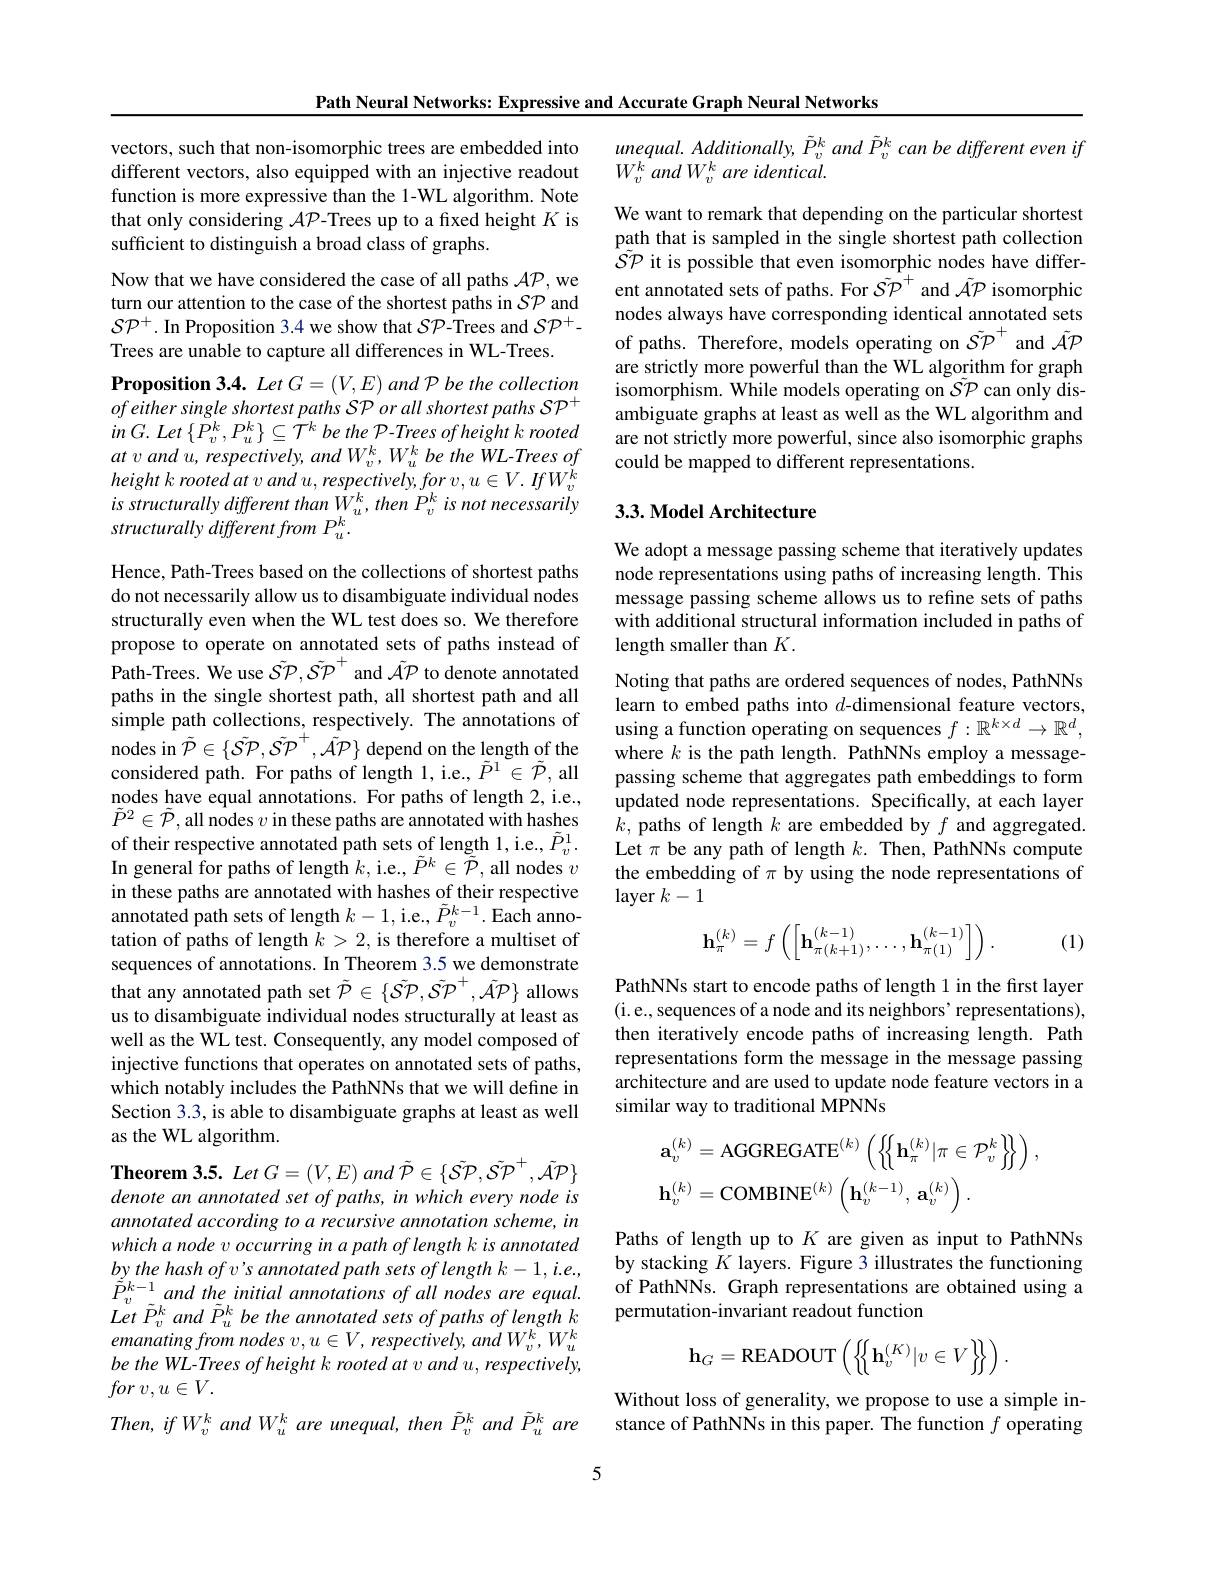
Path Neural Networks: Expressive and Accurate Graph Neural Networks

vectors, such that non-isomorphic trees are embedded into different vectors, also equipped with an injective readout function is more expressive than the 1-WL algorithm. Note that only considering $\mathcal{AP}$-Trees up to a fixed height $K$ is sufficient to distinguish a broad class of graphs.

Now that we have considered the case of all paths $\mathcal{A}\mathcal{P}$,we turn our attention to the case of the shortest paths in $\mathcal{SP}$ and $\mathcal{S}\mathcal{P}^{+}.$ In Proposition 3.4 we show that $\mathcal{S}\mathcal{P}$-Trees and $\mathcal{S}\mathcal{P}^{+}.$ Trees are unable to capture all differences in WL-Trees.

Proposition 3.4. Let $G=(V,E)$ and P be the collection $ofeithersingleshortestpathsSPorallshortestpaths{\mathcal SP}^{+}$ $in$ $G.$ Let $\{ P_{v}^{k}, P_{u}^{k}\} \subseteq \mathcal{T} ^{k}$ $be$ the $\mathcal{P} - Trees$ $of$ height $k$ rooted $atvandu,respectively,andW_{v}^{k},W_{u}^{k}betheWL-Treesof$ $height\textit{ k rooted at v and u, respectively, for v, }u\in V. \textit{ If W}_{v}^{\breve{k} }$ $is$ structurally different than W$_u^k,thenP_v^k$ is not necessarily structurally different from P $_u^k.$

Hence, Path-Trees based on the collections of shortest paths do not necessarily allow us to disambiguate individual nodes structurally even when the WL test does so. We therefore propose to operate on annotated sets of paths instead of ${\hat{\mathrm{Path-Trees.~We~use~S}}\tilde{\mathcal{P}},\tilde{\mathcal{S}}}{\tilde{\mathcal{P}}}^{+}$ and $\tilde{\mathcal{A}}{\mathcal{P}}$ to denote annotated paths in the single shortest path, all shortest path and all simple path collections, respectively. The annotations of nodes in $\tilde{\mathcal{P}}\in\{\tilde{\mathcal{S}}\tilde{\mathcal{P}},\tilde{\mathcal{S}}\tilde{\mathcal{P}}^{+},\tilde{\mathcal{A}}\tilde{\mathcal{P}}\}$ depend on the length of the considered path. For paths of length 1, i.e., $\tilde{P}^{1}\in\tilde{\mathcal{P}}$, all nodes have equal annotations. For paths of length 2, i.e., $\tilde{P}^{2}\in\tilde{\mathcal{P}}$,all nodes $v$ in these paths are annotated with hashes of their respective annotated path sets of length 1, i.e., $\tilde{P}_v^1.$ In general for paths of length $k$,i.e., $\tilde{P}^k\in\tilde{\tilde{\mathcal{P}}}$, all nodes $v$ in these paths are annotated with hashes of their respective annotated path sets of length $k-1$,i.e., $\tilde{P}_v^{k-1}.$ Each annotation of paths of length $k>2$, is therefore a multiset of sequences of annotations. In Theorem 3.5 we demonstrate that any annotated path set $\tilde{\mathcal{P}}\in\{\tilde{\mathcal{S}}\tilde{\mathcal{P}},\tilde{\mathcal{S}}\tilde{\mathcal{P}}^+,\tilde{\mathcal{A}}\tilde{\mathcal{P}}\}$ allows us to disambiguate individual nodes structurally at least as well as the WL test. Consequently, any model composed of injective functions that operates on annotated sets of paths, which notably includes the PathNNs that we will define in Section 3.3, is able to disambiguate graphs at least as well as the WL algorithm.
$\textbf{Theorem 3. 5. Let G}= \left ( V, E\right ) and\tilde{\mathcal{P} } \in \{ \tilde{\mathcal{SP}} , \tilde{\mathcal{SP}} ^{+ }, \tilde{\mathcal{AP}} \}$

denote an annotated set of paths, in which every node is annotated according to a recursive annotation scheme, in which a node v occurring in a path of length k is annotated by the hash of v's annotated path sets of length k-1, i.e., $\tilde{\tilde{P}}_{v}^{k-1}$and the initial annotations of all nodes are equal. Let $\tilde{P} _{v}^{k}$ and $\tilde{P} _{u}^{k}$ $be$ the annotated sets $of$ paths $of$ length $k$ $emanating\textit{from nodes }v, u\in V, \textit{respectively, and W}_{v}^{k}, W_{u}^{k}$ be the WL-Trees of height k rooted at v and u, respectively, for $v, u\in V.$
Then, if W' and W'u are unequal, then $\tilde{P}_v^k$ and $\tilde{P}_u^k$ are

$unequal.Additionally,\tilde{P}_v^k$ and $\tilde{P}_v^k$ can be different even if
$W_{v}^{k}andW_{v}^{k}$ are identical.

We want to remark that depending on the particular shortest path that is sampled in the single shortest path collection $\hat{S}\tilde{\mathcal{P}}$ it is possible that even isomorphic nodes have different annotated sets of paths. For $\tilde{\mathcal{S}}\tilde{\mathcal{P}}^+$ and $\tilde{\mathcal{A}}\mathcal{P}$ isomorphic nodes always have corresponding identical annotated sets of paths. Therefore, models operating on $\tilde{\mathcal{S}}\mathcal{P}^{+}$ and $\tilde{\mathcal{A}}\mathcal{P}$ are strictly more powerful than the WL algorithm for graph $i$somorphism. While models operating on $\tilde{\mathcal{S}}\mathcal{P}$ can only disambiguate graphs at least as well as the WL algorithm and are not strictly more powerful, since also isomorphic graphs could be mapped to different representations.

## 3.3. Model Architecture

We adopt a message passing scheme that iteratively updates node representations using paths of increasing length. This message passing scheme allows us to refine sets of paths with additional structural information included in paths of length smaller than $K.$

Noting that paths are ordered sequences of nodes, PathNNs learn to embed paths into $d$-dimensional feature vectors, using a function operating on sequences $f:\mathbb{R}^{k\times d}\to\mathbb{R}^d$, where $k$ is the path length. PathNNs employ a messagepassing scheme that aggregates path embeddings to form updated node representations. Specifically, at each layer $k$, paths of length $k$ are embedded by $f$ and aggregated. Let $\pi$ be any path of length $k.$ Then, PathNNs compute the embedding of $\pi$ by using the node representations of layer $k-1$
$$\mathbf{h}_\pi^{(k)}=f\left(\begin{bmatrix}\mathbf{h}_{\pi(k+1)}^{(k-1)},\ldots,\mathbf{h}_{\pi(1)}^{(k-1)}\end{bmatrix}\right).$$
(1)

PathNNs start to encode paths of length 1 in the first layer (i.e., sequences of a node and its neighbors' representations), then iteratively encode paths of increasing length. Path representations form the message in the message passing architecture and are used to update node feature vectors in a similar way to traditional MPNNs
$$\begin{aligned}&\mathbf{a}_{v}^{(k)}=\mathrm{AGGREGATE}^{(k)}\left(\left\{\left\{\mathbf{h}_{\pi}^{(k)}|\pi\in\mathcal{P}_{v}^{k}\right\}\right\}\right),\\&\mathbf{h}_{v}^{(k)}=\mathrm{COMBINE}^{(k)}\left(\mathbf{h}_{v}^{(k-1)},\:\mathbf{a}_{v}^{(k)}\right).\end{aligned}$$
Paths of length up to $K$ are given as input to PathNNs by stacking $\bar{K}$ layers. Figure 3 illustrates the functioning of PathNNs. Graph representations are obtained using a permutation-invariant readout function
$$\mathbf{h}_{G}=\mathrm{READOUT}\left(\left\{\left\{\mathbf{h}_{v}^{(K)}|v\in V\right\}\right\}\right).$$
Without loss of generality, we propose to use a simple instance of PathNNs in this paper. The function $\hat f$ operating

5